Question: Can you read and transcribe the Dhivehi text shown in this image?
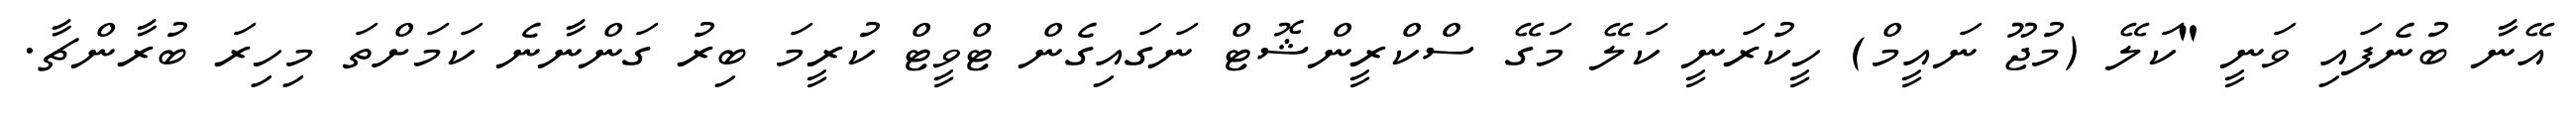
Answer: އޭނާ ބުނެފައި ވަނީ "ކަލޭ (މުޖޫ ނައީމް) ހީކުރަނީ ކަލޭ މަގޭ ސްކްރީންޝޮޓް ނަގައިގެން ޓްވީޓް ކުރީމަ ބިރު ގަންނާނެ ކަމަށްތަ މިހިރަ ބުރާންޗާ.